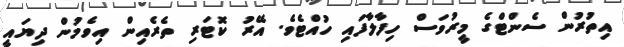
އިތުރުން ސެންޓްގެ މީރުވަސް ހިފާލާފައި ހުއްޓެވެ. އޭރު ކޮޓަރި ތެރެއިން އިވެމުން ދިޔައީ